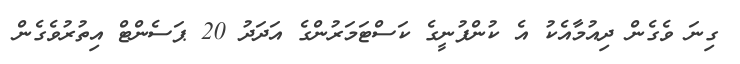
ގިނަ ވެގެން ދިއުމާއެކު އެ ކުންފުނީގެ ކަސްޓަމަރުންގެ އަދަދު 20 ޕަސެންޓް އިތުރުވެގެން